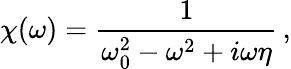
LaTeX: \chi(\omega)=\frac{1}{\omega_{0}^{2}-\omega^{2}+i\omega\eta}\, ,